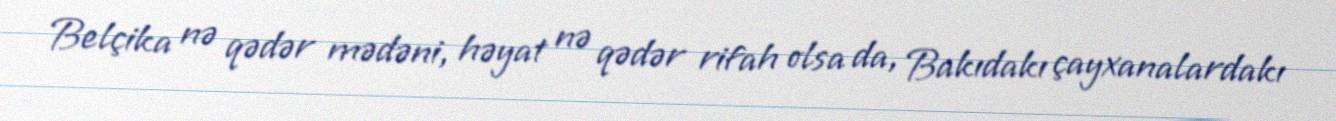
Belçika nə qədər mədəni, həyat nə qədər rifah olsa da, Bakıdakı çayxanalardakı